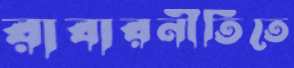
রাবারনীতিতে